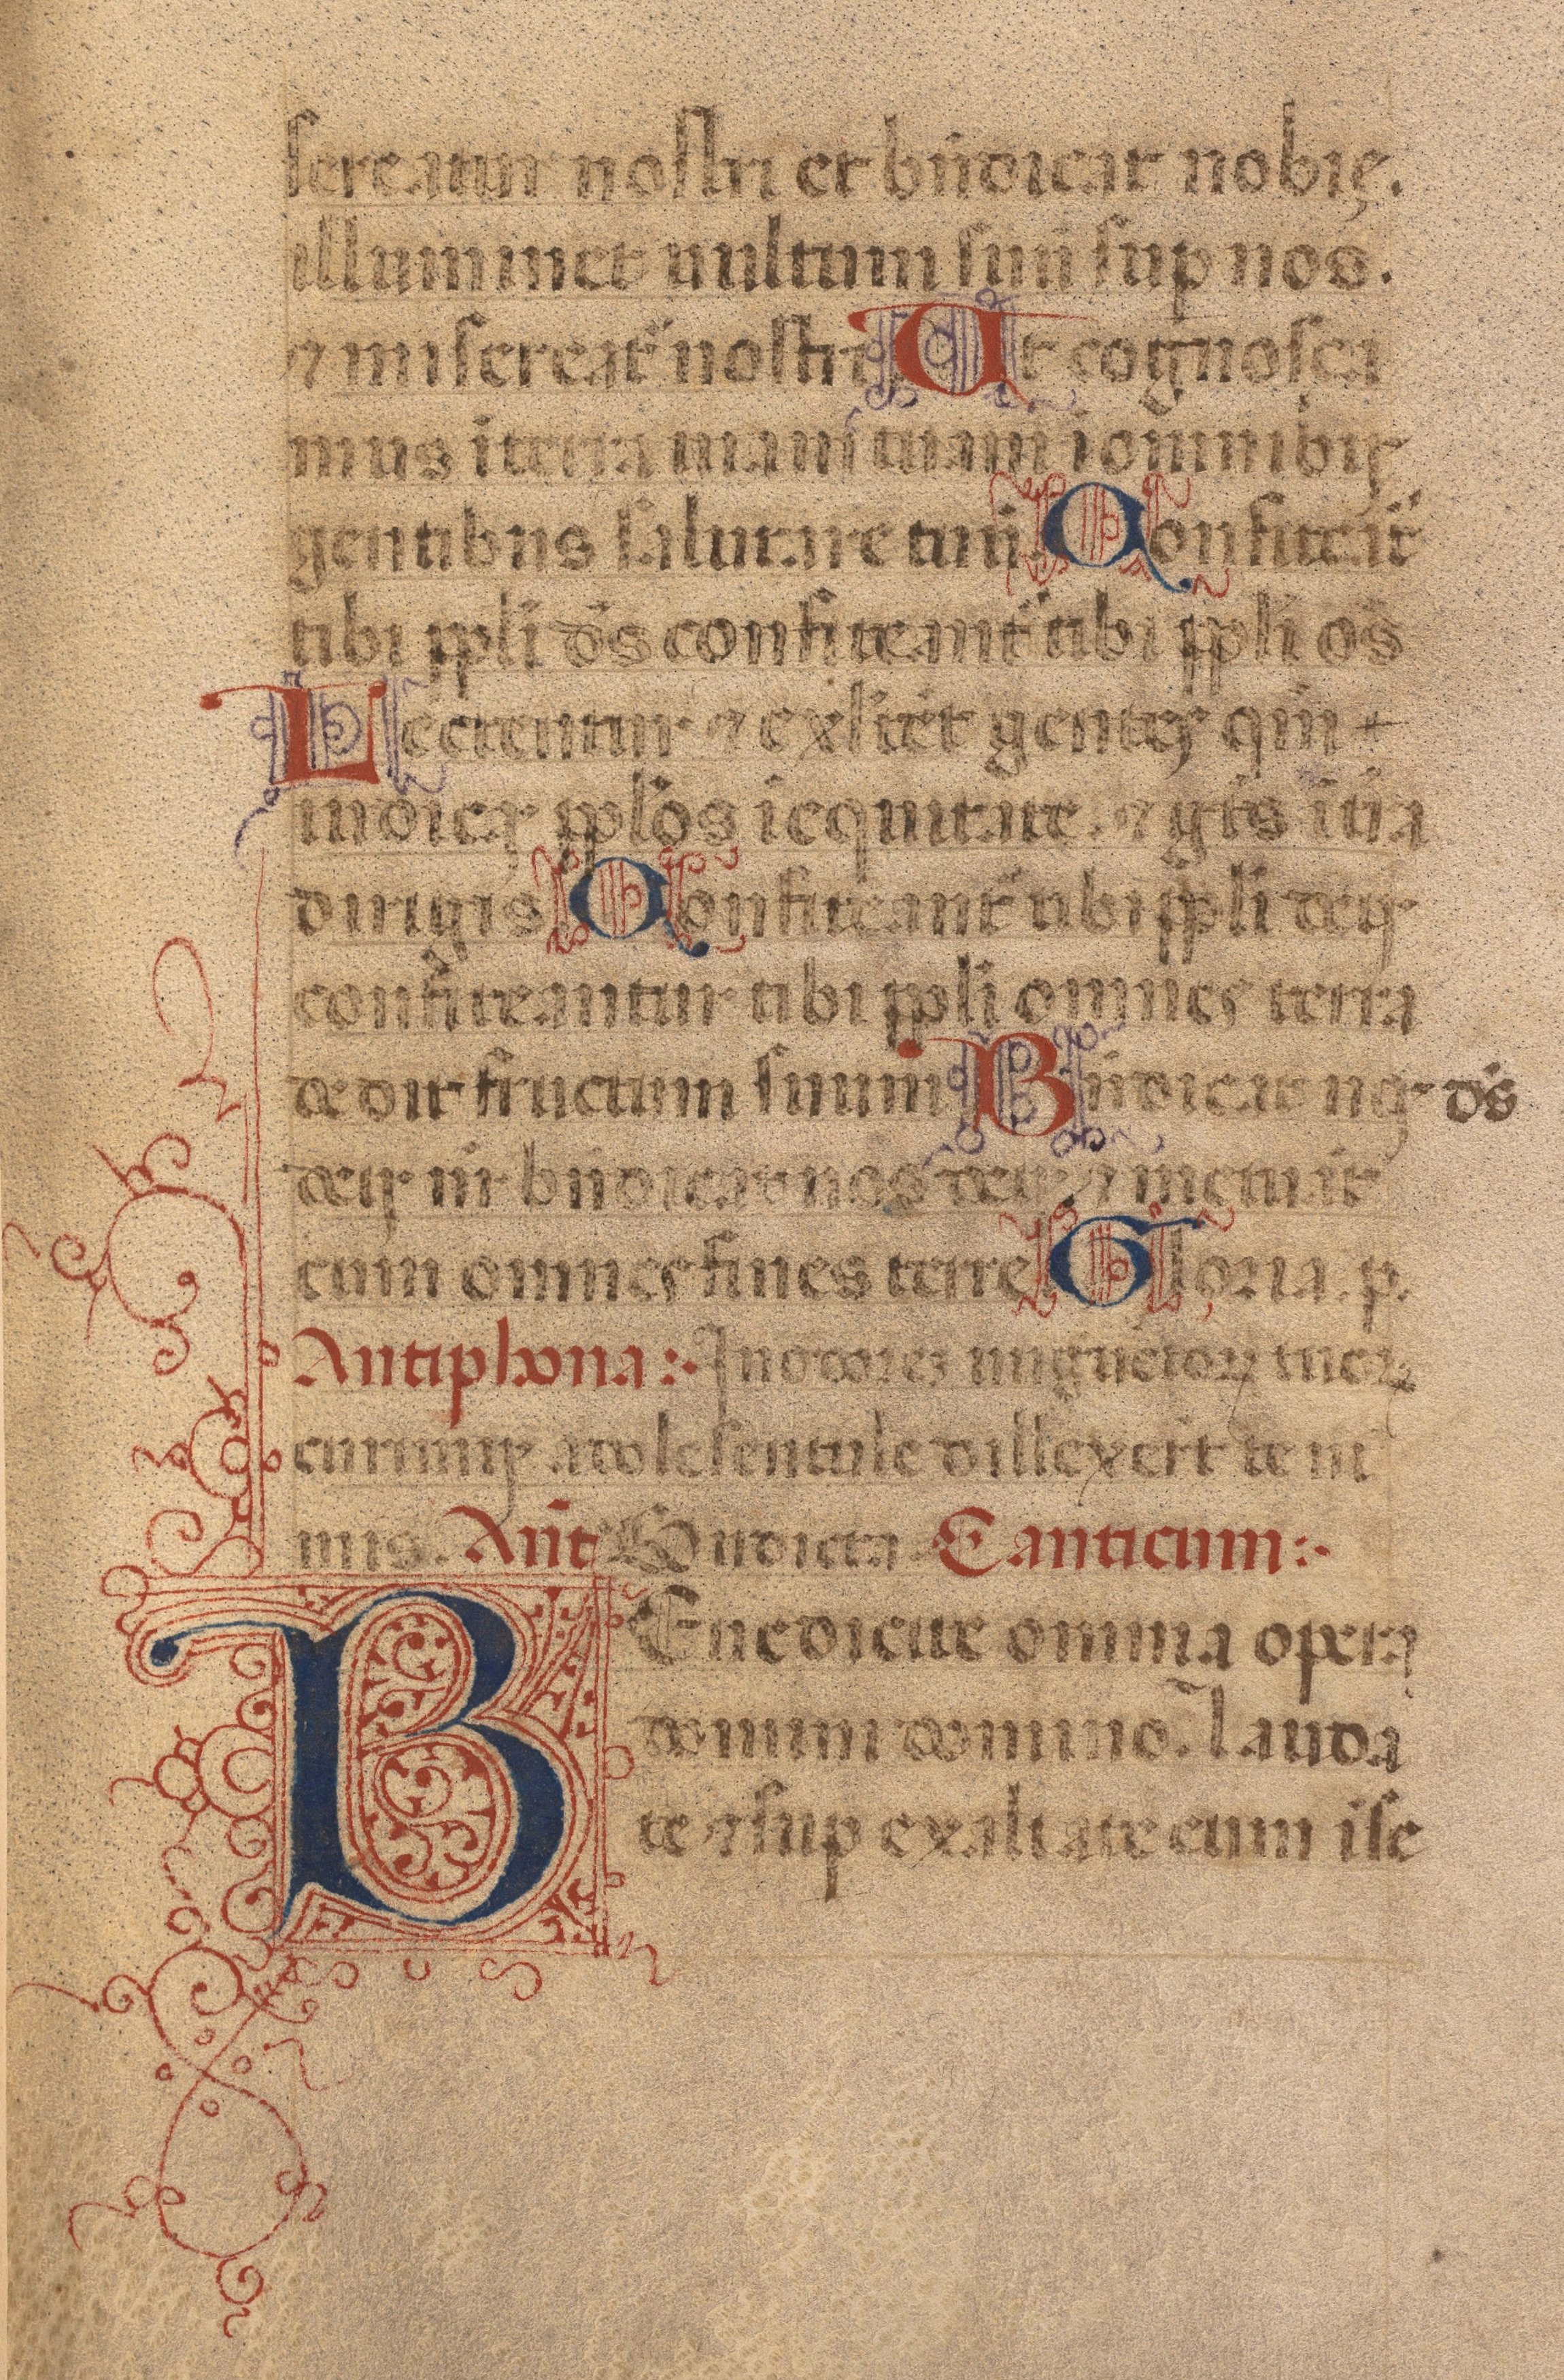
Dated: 1450–1484